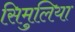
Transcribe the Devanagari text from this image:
सिमुलिया